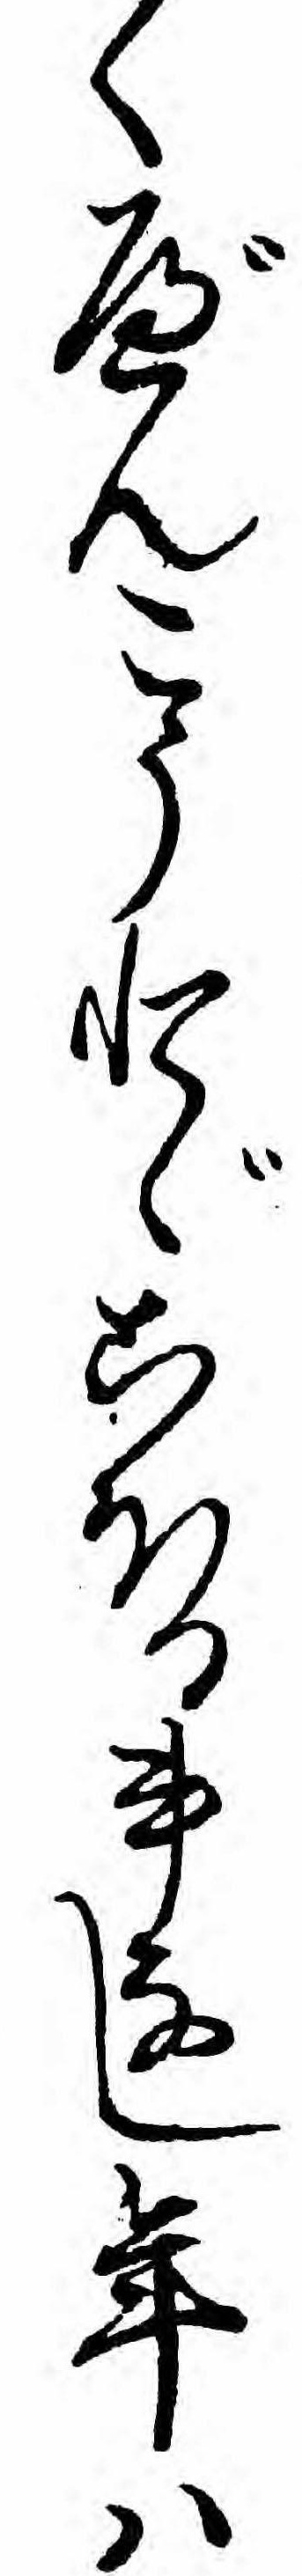
くべんこうとゞこほる事なし年ハ